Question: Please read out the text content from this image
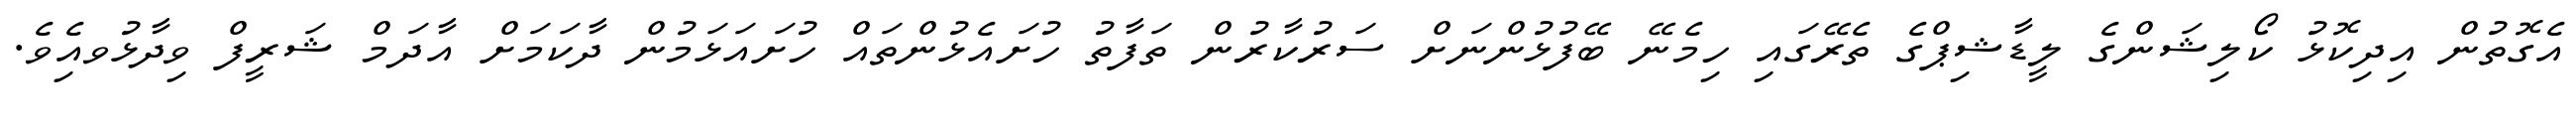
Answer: އެގޮތުން އިދިކޮޅު ކޯލިޝަންގެ ލީޑާޝިޕްގެ ތެރޭގައި ހިމެނޭ ބޭފުޅުންނަށް ސަރުކާރުން ތަފާތު ހުށައެޅުންތައް ހުށައަޅަމުން ދާކަމަށް އާދަމް ޝަރީފް ވިދާޅުވއިެވެ.